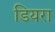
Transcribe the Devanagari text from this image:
डियरा